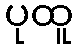
ပုထူ